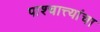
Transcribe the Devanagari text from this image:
पाश्चात्त्यांचा